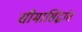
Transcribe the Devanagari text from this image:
सीमासिद्धांत